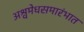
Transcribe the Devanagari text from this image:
अश्वमेधसमारंभात